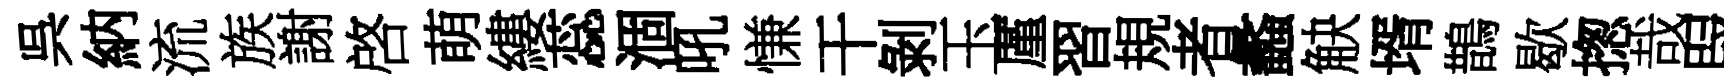
呉納流族謝啓萌縷蕊涸吼慊干剝玉厪習規者蠡觖壻鵲歇揔哉叚